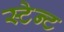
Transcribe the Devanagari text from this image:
स्टेन्ट